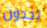
تجدون